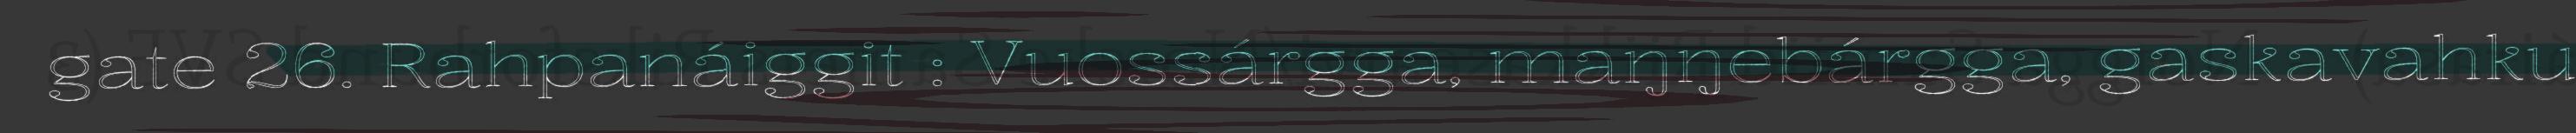
gate 26. Rahpanáiggit : Vuossárgga, maŋŋebárgga, gaskavahku